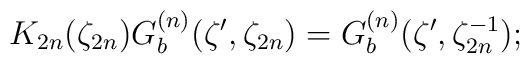
K_{2n} (\zeta_{2n}) G_{b}^{(n)} (\zeta', \zeta_{2n})=G_{b}^{(n)} (\zeta', \zeta^{-1}_{2n});